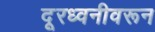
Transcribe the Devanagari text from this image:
दूरध्वनीवरून